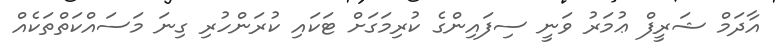
އާދަމް ޝަރީފް ޢުމަރު ވަނީ ސިފައިންގެ ކުރިމަގަށް ޓަކައި ކުރަންހުރި ގިނަ މަސައްކަތްތަކެއް